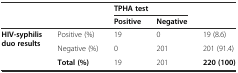
<table><thead><tr><td></td><td></td><td colspan="2"><b>TPHA test</b></td><td></td></tr><tr><td></td><td></td><td><b>Positive</b></td><td><b>Negative</b></td><td></td></tr></thead><tbody><tr><td rowspan="2"><b>HIV-syphilis duo results</b></td><td>Positive (%)</td><td>19</td><td>0</td><td>19 (8.6)</td></tr><tr><td>Negative (%)</td><td>0</td><td>201</td><td>201 (91.4)</td></tr><tr><td></td><td><b>Total (%)</b></td><td>19</td><td>201</td><td><b>220 (100)</b></td></tr></tbody></table>